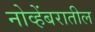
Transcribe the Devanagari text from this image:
नोव्हेंबरातील